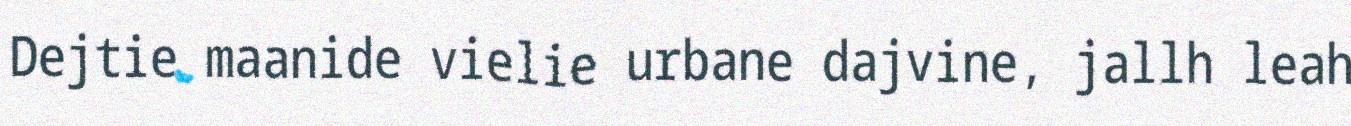
Dejtie maanide vielie urbane dajvine, jallh leah